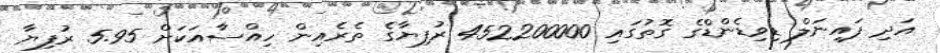
އަދި ފައިނަލް ޑިވިޑެންޑްގެ ގޮތުގައި 452200000 ރުފިޔާގެ ތެރެއިން ހިއްސާއަކަށް 5.95 ރުފިޔާ